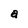
Character: a